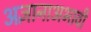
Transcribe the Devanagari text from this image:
अज्ञानाअभावी